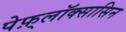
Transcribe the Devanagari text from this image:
पेफ़्लॉक्सासिन